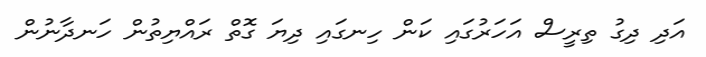
އަދި ދިގު ތިރީސް އަހަރުގައި ކަން ހިނގައި ދިޔަ ގޮތް ރައްޔިތުން ހަނދާނުން